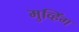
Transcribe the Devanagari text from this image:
मुव्हिंग